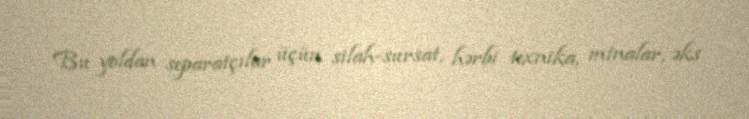
Bu yoldan separatçılar üçün silah-sursat, hərbi texnika, minalar, əks